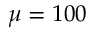
\mu = 1 0 0